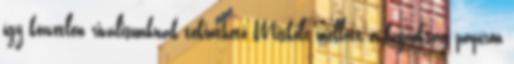
így közvetlen riválisunknak tekinthető Miskolc mellett a bajnokság papíron